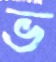
ভ